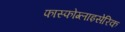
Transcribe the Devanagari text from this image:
फास्फोग्लाइसेरिक